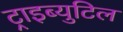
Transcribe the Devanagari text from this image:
ट्राइब्युटिल